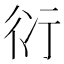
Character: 𧗠